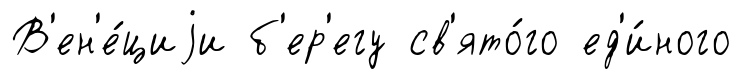
В'ен'е́циjи б'ер'егу св'ято́го ед'и́ного